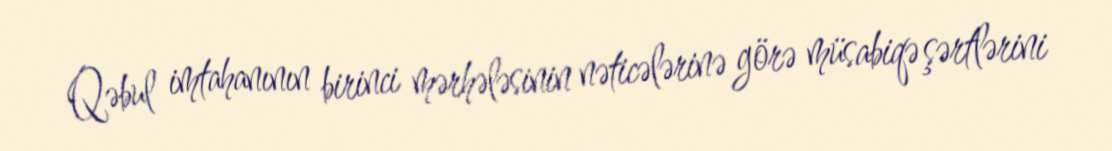
Qəbul imtahanının birinci mərhələsinin nəticələrinə görə müsabiqə şərtlərini